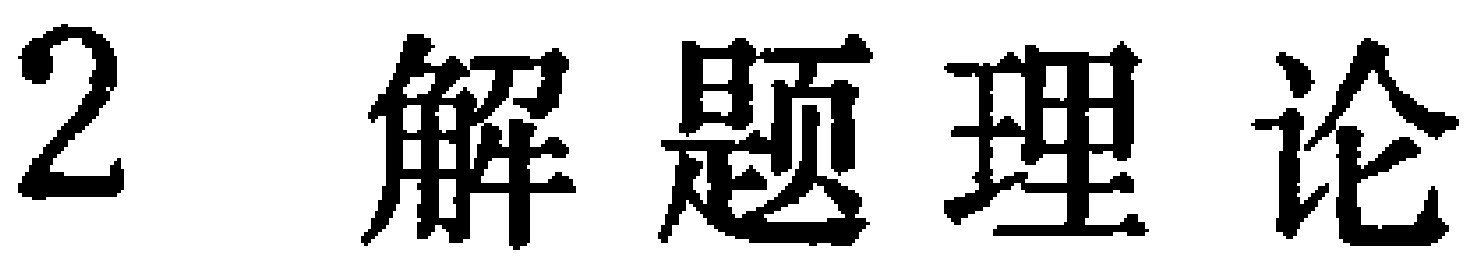
2 解题理论